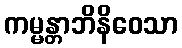
ကမ္မန္တာဘိနိဝေသာ